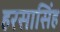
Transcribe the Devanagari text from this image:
हरसासिंह